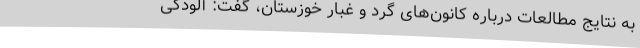
به نتایج مطالعات درباره کانون‌های گرد و غبار خوزستان، گفت: آلودگی